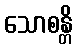
သောစန္တိ